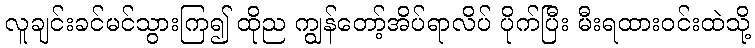
လူချင်းခင်မင်သွားကြ၍ ထိုည ကျွန်တော့်အိပ်ရာလိပ် ပိုက်ပြီး မီးရထားဝင်းထဲသို့